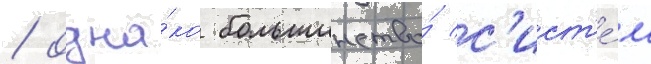
/ одна́ко большинство́ с'ист'е́м